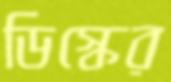
ডিস্কের